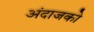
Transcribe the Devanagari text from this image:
अंदाजको